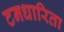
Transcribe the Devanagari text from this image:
टनधारिता